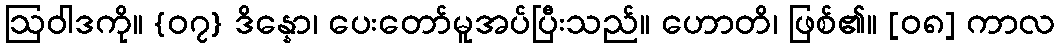
ဩဝါဒကို။ {၀၇} ဒိန္နော၊ ပေးတော်မူအပ်ပြီးသည်။ ဟောတိ၊ ဖြစ်၏။ [၀၈] ကာလ